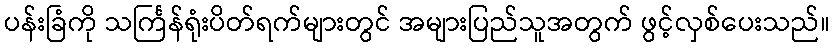
ပန်းခြံကို သင်္ကြန်ရုံးပိတ်ရက်များတွင် အများပြည်သူအတွက် ဖွင့်လှစ်ပေးသည်။